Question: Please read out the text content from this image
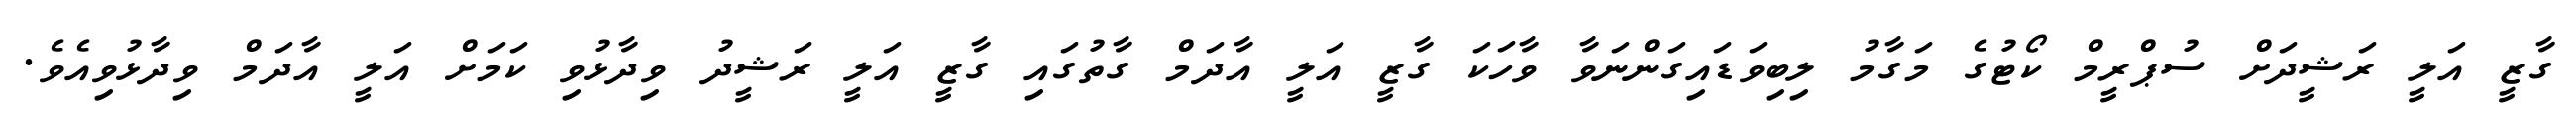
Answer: ގާޒީ އަލީ ރަޝީދަށް ސުޕްރީމް ކޯޓުގެ މަގާމު ލިބިވަޑައިގަންނަވާ ވާހަކަ ގާޒީ އަލީ އާދަމް ގާތުގައި ގާޒީ އަލީ ރަޝީދު ވިދާޅުވި ކަމަށް އަލީ އާދަމް ވިދާޅުވިއެވެ.